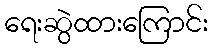
ရေးဆွဲထားကြောင်း